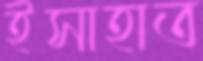
ইসাহাত